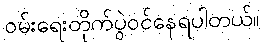
ဝမ်းရေးတိုက်ပွဲဝင်နေရပါတယ်။